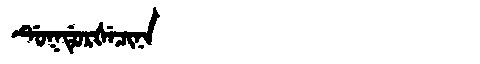
Manchu: ᡩᡠᡴᡩᡠᡵᡧᡝᠴᡳᠨᠠ
Romanization: DUKDURŠECINA